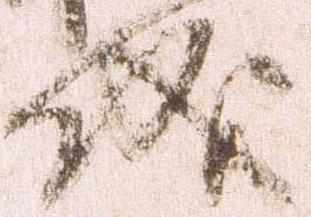
儀